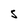
Character: S